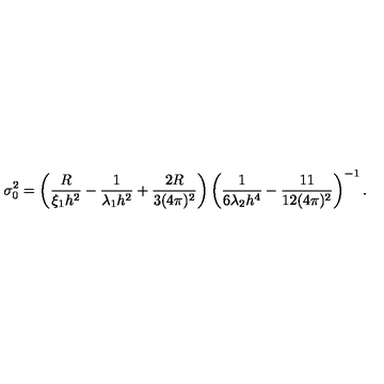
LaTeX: \sigma _ { 0 } ^ { 2 } = \left( \frac { R } { \xi _ { 1 } h ^ { 2 } } - \frac { 1 } { \lambda _ { 1 } h ^ { 2 } } + \frac { 2 R } { 3 ( 4 \pi ) ^ { 2 } } \right) \left( \frac { 1 } { 6 \lambda _ { 2 } h ^ { 4 } } - \frac { 1 1 } { 1 2 ( 4 \pi ) ^ { 2 } } \right) ^ { - 1 } .